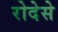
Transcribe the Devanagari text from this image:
रोदेसे